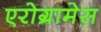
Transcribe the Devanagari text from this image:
एरोग्रामेस